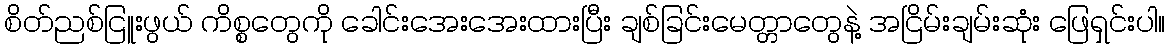
စိတ်ညစ်ငြူးဖွယ် ကိစ္စတွေကို ခေါင်းအေးအေးထားပြီး ချစ်ခြင်းမေတ္တာတွေနဲ့ အငြိမ်းချမ်းဆုံး ဖြေရှင်းပါ။